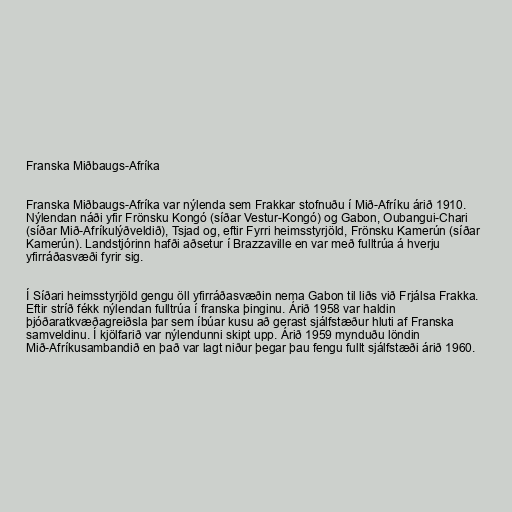
Franska Miðbaugs-Afríka

Franska Miðbaugs-Afríka var nýlenda sem Frakkar stofnuðu í Mið-Afríku árið 1910.
Nýlendan náði yfir Frönsku Kongó (síðar Vestur-Kongó) og Gabon, Oubangui-Chari
(síðar Mið-Afríkulýðveldið), Tsjad og, eftir Fyrri heimsstyrjöld, Frönsku Kamerún (síðar
Kamerún). Landstjórinn hafði aðsetur í Brazzaville en var með fulltrúa á hverju
yfirráðasvæði fyrir sig.

Í Síðari heimsstyrjöld gengu öll yfirráðasvæðin nema Gabon til liðs við Frjálsa Frakka.
Eftir stríð fékk nýlendan fulltrúa í franska þinginu. Árið 1958 var haldin
þjóðaratkvæðagreiðsla þar sem íbúar kusu að gerast sjálfstæður hluti af Franska
samveldinu. Í kjölfarið var nýlendunni skipt upp. Árið 1959 mynduðu löndin
Mið-Afríkusambandið en það var lagt niður þegar þau fengu fullt sjálfstæði árið 1960.